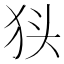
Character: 𭸃